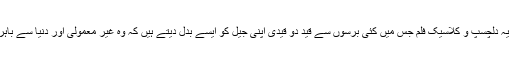
ٹم رابنس اور مورگن فری مین کی یہ دلچسپ و کلاسیک فلم جس میں کئی برسوں سے قید دو قیدی اپنی جیل کو ایسے بدل دیتے ہیں کہ وہ غیر معمولی اور دنیا سے باہر کی جیل محسوس ہونے لگتی ہے۔